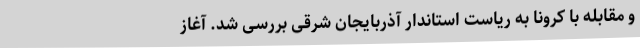
و مقابله با کرونا به ریاست استاندار آذربایجان شرقی بررسی شد. آغاز